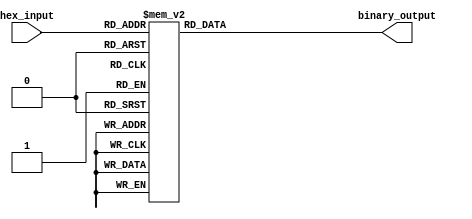
module HexToBinaryEncoder (
    input  wire [3:0] hex_input,  // 4-bit hexadecimal input
    output reg  [3:0] binary_output // 4-bit binary output
);

    always @(*) begin
        case (hex_input)
            4'b0000: binary_output = 4'b0000; // 0
            4'b0001: binary_output = 4'b0001; // 1
            4'b0010: binary_output = 4'b0010; // 2
            4'b0011: binary_output = 4'b0011; // 3
            4'b0100: binary_output = 4'b0100; // 4
            4'b0101: binary_output = 4'b0101; // 5
            4'b0110: binary_output = 4'b0110; // 6
            4'b0111: binary_output = 4'b0111; // 7
            4'b1000: binary_output = 4'b1000; // 8
            4'b1001: binary_output = 4'b1001; // 9
            4'b1010: binary_output = 4'b1010; // A (10)
            4'b1011: binary_output = 4'b1011; // B (11)
            4'b1100: binary_output = 4'b1100; // C (12)
            4'b1101: binary_output = 4'b1101; // D (13)
            4'b1110: binary_output = 4'b1110; // E (14)
            4'b1111: binary_output = 4'b1111; // F (15)
            default: binary_output = 4'b0000; // Default case, though not needed for valid input
        endcase
    end

endmodule